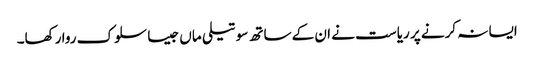
ایسا نہ کرنے پر ریاست نے ان کے ساتھ سوتیلی ماں جیسا سلوک روا رکھا۔